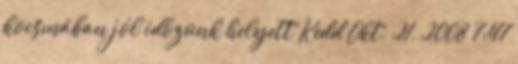
kocsmában jól időzünk helyett Kedd Okt. 21, 2008 7:47